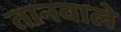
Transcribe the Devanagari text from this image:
तानवाले